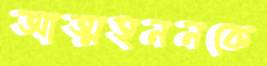
আত্মহননকে